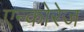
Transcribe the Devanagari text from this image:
एन्कोरेज